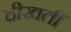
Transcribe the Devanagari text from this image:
दीखतीं